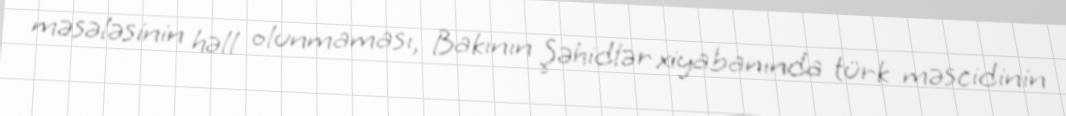
məsələsinin həll olunmaması, Bakının Şəhidlər xiyabanında türk məscidinin